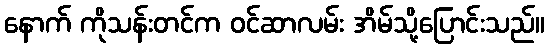
နောက် ကိုသန်းတင်က ဝင်ဆာလမ်း အိမ်သို့ပြောင်းသည်။